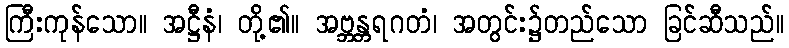
ကြီးကုန်သော။ အဋ္ဌီနံ၊ တို့၏။ အဗ္ဘန္တရဂတံ၊ အတွင်း၌တည်သော ခြင်ဆီသည်။